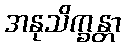
အနုသိက္ခန္တာ